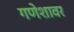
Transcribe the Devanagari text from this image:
गणेशावर